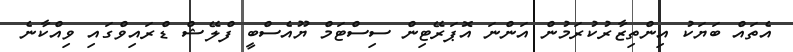
އެތައް ބަޔަކު އިންތިޒާރުކުރަމުން އަންނަ އޮޕަރޭޓިން ސިސްޓަމް ޔޫއެސްބީ ފްލޭޝް ޑްރައިވްގައި ވިއްކާނެ